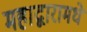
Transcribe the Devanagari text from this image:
महाद्वारामधे